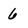
Character: 6